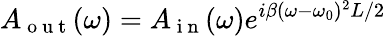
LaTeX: A_{\mathrm{~o~u~t~}}(\omega)=A_{\mathrm{~i~n~}}(\omega)e^{i\beta(\omega-\omega_{0})^{2}L/2}